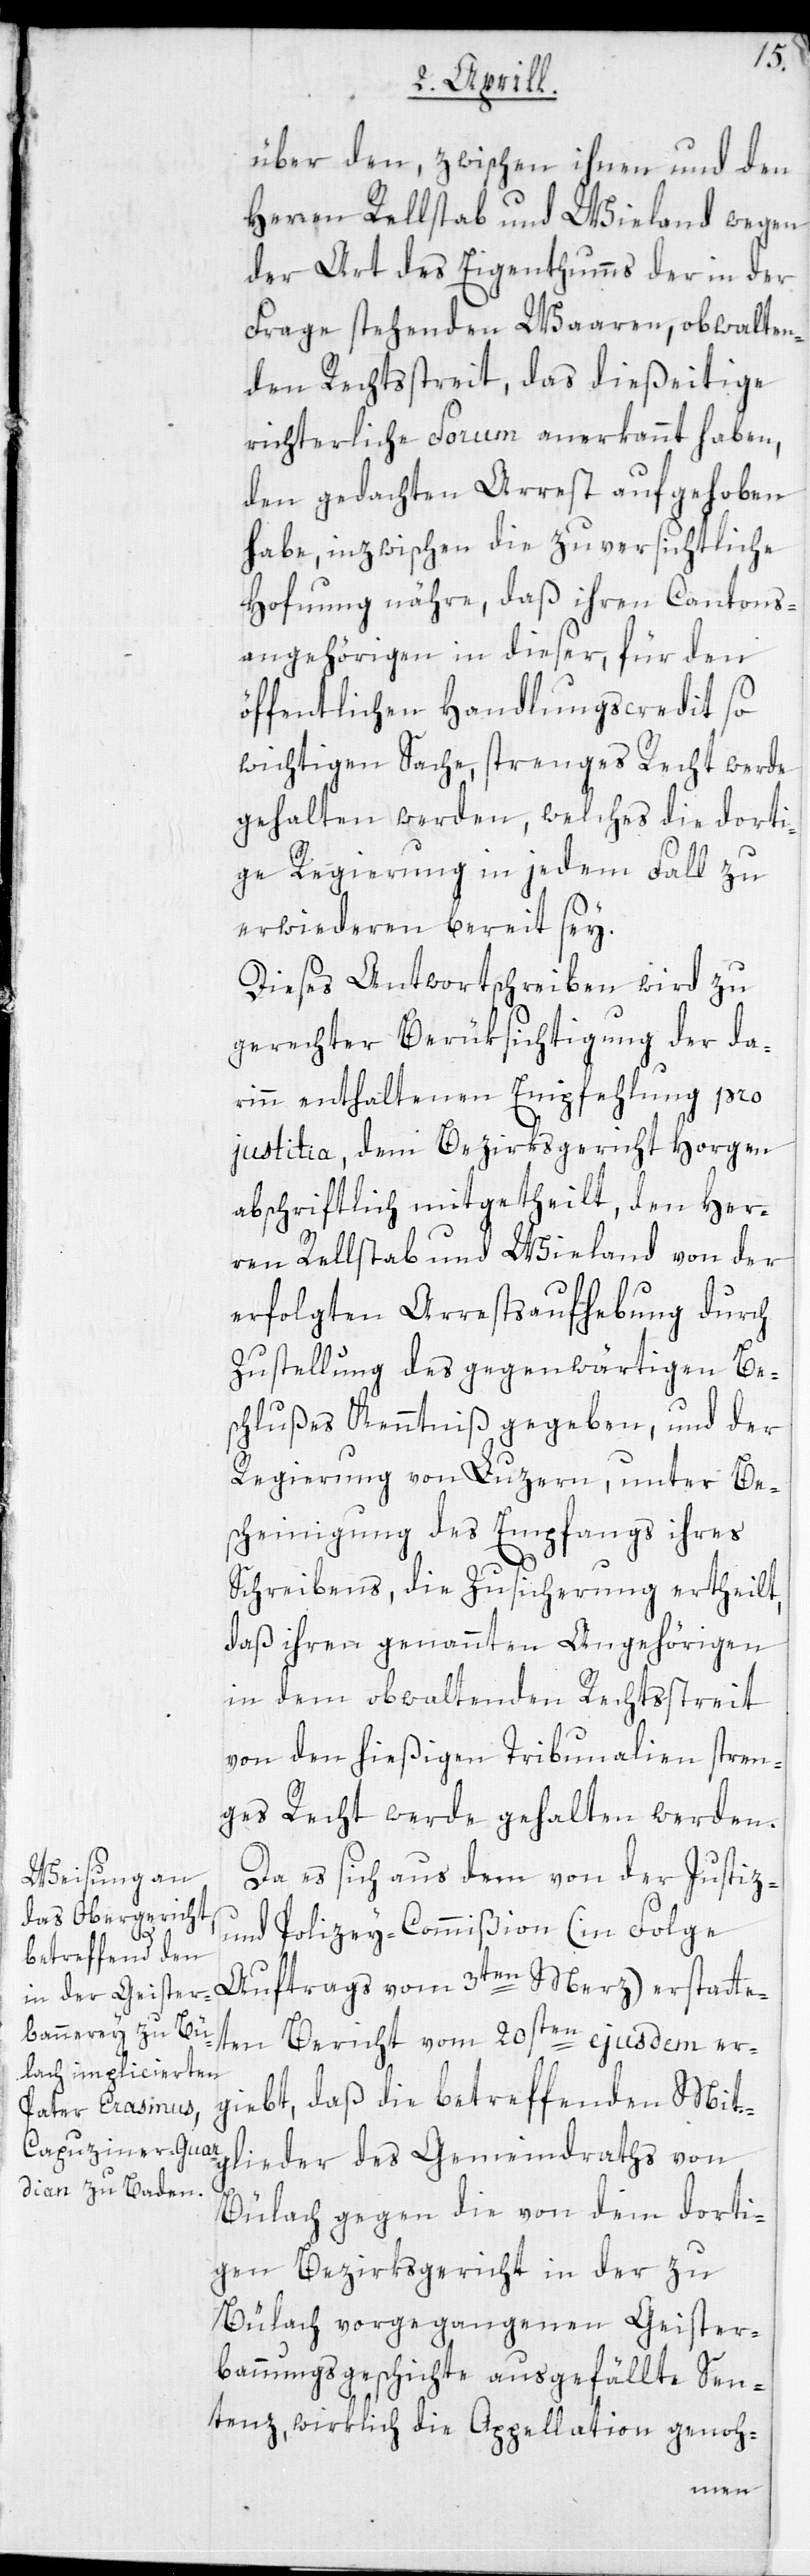
über den, zwischen ihnen und den
Herren Rellstab und Wieland wegen
der Art des Eigenthums der in der
Frage stehenden Waaren, obwalten¬
den Rechtsstreit, das dießeitige
richterliche Forum anerkannt haben,
den gedachten Arrest aufgehoben
habe, inzwischen die zuversichtliche
Hofnung nähre, daß ihren Cantons¬
angehörigen in dieser, für den
öffentlichen Handlungscredit so
wichtigen Sache, strenges Recht werde
gehalten werden, welches die dorti¬
ge Regierung in jedem Fall zu
erwiederen bereit sey.
Dieses Antwortschreiben wird zu
gerechter Berücksichtigung der da¬
rinn enthaltenen Empfehlung pro
justitia, dem Bezirksgericht Horgen
abschriftlich mitgetheilt, den Her¬
ren Rellstab und Wieland von der
erfolgten Arrestaufhebung durch
Zustellung des gegenwärtigen Be¬
schlußes Kenntniß gegeben, und der
Regierung von Luzern, unter Be¬
scheinigung des Empfangs ihres
Schreibens, die Zusicherung ertheilt,
daß ihren genannten Angehörigen
in dem obwaltenden Rechtsstreit
von den hießigen Tribunalien stren¬
ges Recht werde gehalten werden.
Da es sich aus dem von der Justiz-
und Polizey-Commißion (in Folge
Auftrags vom 3ten Merz) erstatte¬
ten Bericht vom 20sten ejusdem er¬
giebt, daß die betreffenden Mit¬
glieder des Gemeindraths von
Bülach gegen die von dem dorti¬
gen Bezirksgericht in der zu
Bülach vorgegangenen Geister¬
bannungsgeschichte ausgefällte Sen¬
tenz, wirklich die Appellation genoh-